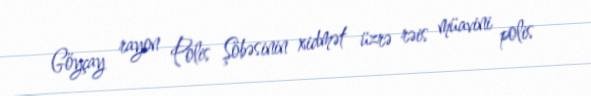
Göyçay rayon Polis Şöbəsinin xidmət üzrə rəis müavini polis